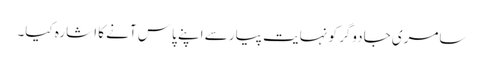
سامری جادوگر کو نہایت پیار سے اپنے پاس آنے کا اشارہ کیا۔